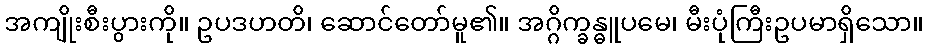
အကျိုးစီးပွားကို။ ဥပဒဟတိ၊ ဆောင်တော်မူ၏။ အဂ္ဂိက္ခန္ဓူပမေ၊ မီးပုံကြီးဥပမာရှိသော။